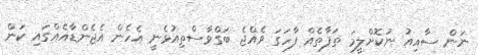
ނަން ސާއިއު ނުކޮށްލީމަ ތަފާތެއް ފާހަގަ ވެއްޖެ ބަގްވާސްތިއުޅެނީ އެހެން އެޖެންޑާއެއްގައި ކަން